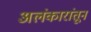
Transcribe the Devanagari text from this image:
अलंकारांतून